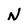
Character: N